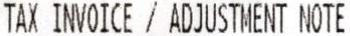
TAX INVOICE / ADJUSTMENT NOTE